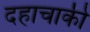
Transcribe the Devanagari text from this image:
दहाचाकी